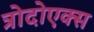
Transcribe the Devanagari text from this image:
त्रोदोएक्स